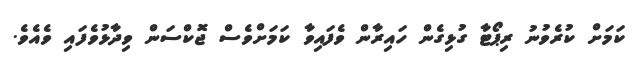
ކަމަށް ކުރެވުނު ރިޕޯޓާ ގުޅިގެން ހައިރާން ވެފައިވާ ކަމަށްވެސް ޖޮކްސަން ވިދާޅުވެފައި ވެއެވެ.